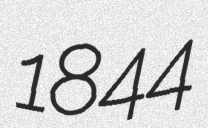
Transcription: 1844